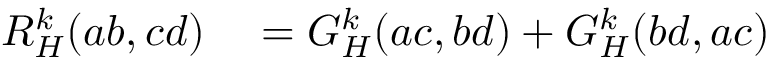
\begin{array} { r l } { R _ { H } ^ { k } ( a b , c d ) } & { { } = G _ { H } ^ { k } ( a c , b d ) + G _ { H } ^ { k } ( b d , a c ) } \end{array}